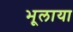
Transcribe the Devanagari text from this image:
भूलाया